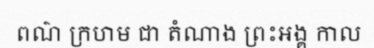
ពណ៌ ក្រហម ជា តំណាង ព្រះអង្គ កាល